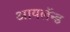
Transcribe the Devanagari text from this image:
आयलॅन्ड